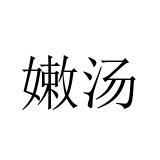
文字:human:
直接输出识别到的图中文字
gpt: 嫩汤